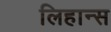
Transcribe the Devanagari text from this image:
लिहान्स